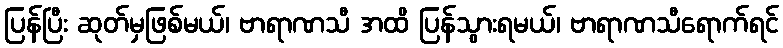
ပြန်ပြီး ဆုတ်မှဖြစ်မယ်၊ ဗာရာဏသီ အထိ ပြန်သွားရမယ်၊ ဗာရာဏသီရောက်ရင်